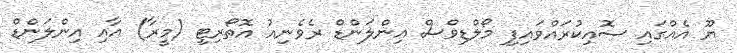
ޔޫ އެއްގައި ސޮއިކުރައްވައިފި މޯލްޑިވްސް އިންލަންޑް ރެވެނިއު އޮތޯރިޓީ (މީރާ) އާއި އިންލަންޑް